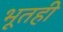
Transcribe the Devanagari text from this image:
भूतही